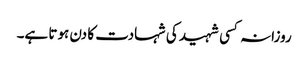
روزانہ کسی شہید کی شہادت کا دن ہوتا ہے۔